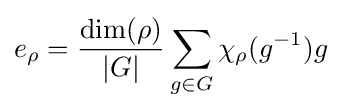
e_{\rho }={\frac {\dim(\rho )}{|G|}}\sum _{g\in G}\chi _{\rho }(g^{-1})g